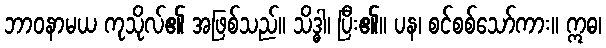
ဘာဝနာမယ ကုသိုလ်၏ အဖြစ်သည်။ သိဒ္ဓါ၊ ပြီး၏။ ပန၊ စင်စစ်သော်ကား။ ဣဓ၊